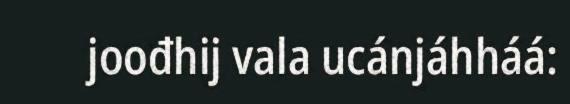
joođhij vala ucánjáhháá: